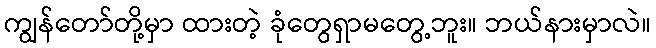
ကျွန်တော်တို့မှာ ထားတဲ့ ခုံတွေရှာမတွေ့ဘူး။ ဘယ်နားမှာလဲ။